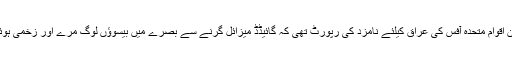
لیکن اقوام متحدہ آفس کی عراق کیلئے نامزد کی رپورٹ تھی کہ گائیڈڈ میزائل گرنے سے بصرے میں بیسوؤں لوگ مرے اور زخمی ہوئے۔